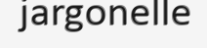
jargonelle